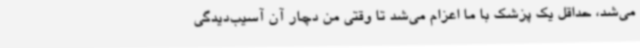
می‌شد، حداقل یک پزشک با ما اعزام می‌شد تا وقتی من دچار آن آسیب‌دیدگی